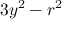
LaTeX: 3 y ^ { 2 } - r ^ { 2 }